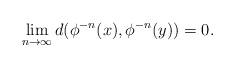
LaTeX: \begin{align*}\lim_{n\to \infty} d(\phi^{-n}(x),\phi^{-n}(y)) = 0.\end{align*}